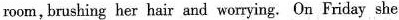
room,brashing her hair and worrying. On Friday she